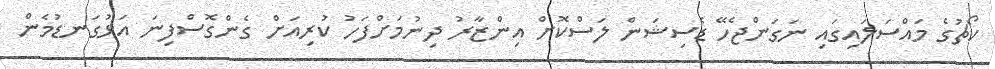
ކޯޗުގެ މައްސަލައިގައި ނަގަންޖެހޭ ޑެސިޝަން ލަސްކޮށް އިންޒާރު ދިނުމަށްފަހު ކުރިއަށް ގެންގޮސްފިނަ އަޅުގަނޑުމެން